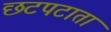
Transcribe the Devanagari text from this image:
छटपटाता